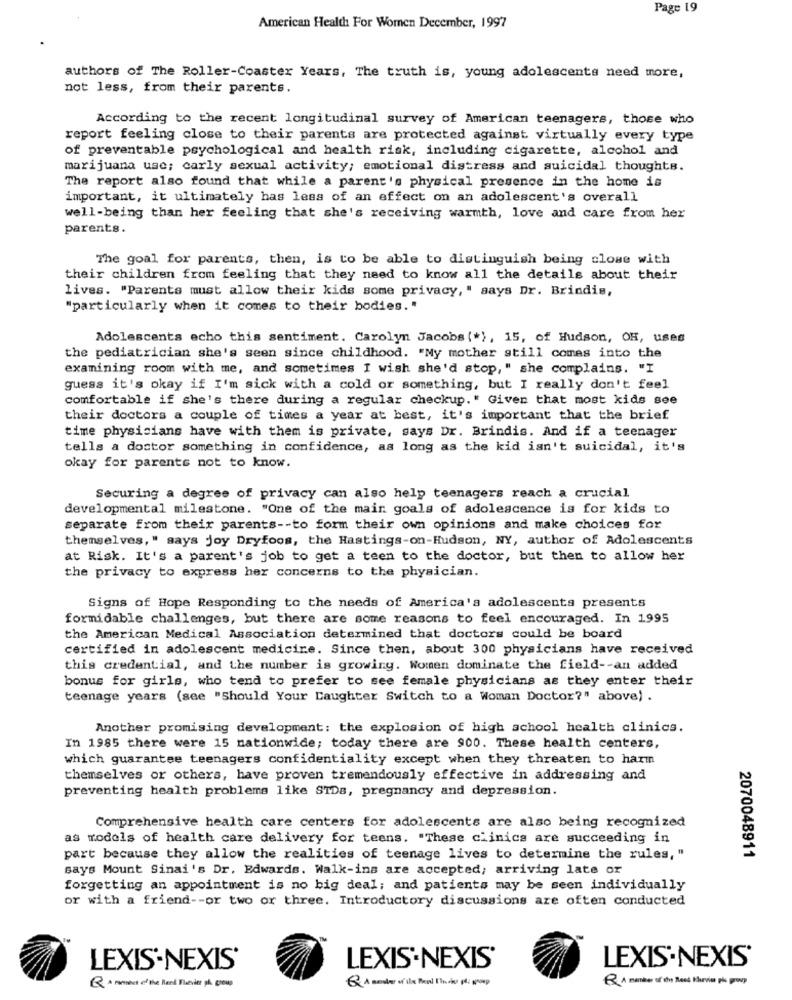
Page 19
American Health For Women December, 1997
authors of The Roller-Coaster Years, The truth is, young adolescents need more,
not less, from their parents.
According to the recent longitudinal survey of American teenagers, those who
report feeling close to their parents are protected against virtually every type
of preventable psychological and health risk, including cigarette, alcohol and
marijuana use; carly sexual activity; emotional distress and suicidal thoughts.
The report also found that while a parent's physical presence in the home is
important, it ultimately has less of an effect on an adolescent's overall
well-being than her feeling that she's receiving warmth, love and care from her
parents.
The goal for parents, then, is to be able to distinguish being close with
their children from feeling that they need to know all the details about their
lives. "Parents must allow their kids some privacy, " says Dr. Brindis,
"particularly when it comes to their bodies."
Adolescents echo this sentiment. Carolyn Jacobs (*), 15, of Hudson, OH, uses
the pediatrician she's seen since childhood. "My mother still comes into the
examining room with me, and sometimes I wish she'd stop, " she complains. "I
guess it's okay if I'm sick with a cold or something, but I really don't feel
comfortable if she's there during a regular checkup." Given that most kids see
their doctors a couple of times a year at best, it's important that the brief
time physicians have with them is private, says Dr. Brindis. And if a teenager
tells a doctor something in confidence, as long as the kid isn't suicidal, it's
okay for parents not to know.
Securing a degree of privacy can also help teenagers reach a crucial
developmental milestone. "One of the main goals of adolescence is for kids to
separate from their parents -- to form their own opinions and make choices for
themselves," says joy Dryfoos, the Hastings-on-Hudson, NY, author of Adolescents
at Risk. It's a parent's job to get a teen to the doctor, but then to allow her
the privacy to express her concerns to the physician.
Signs of Hope Responding to the needs of America's adolescents presents
formidable challenges, but there are some reasons to feel encouraged. In 1995
the American Medical Association determined that doctors could be board
certified in adolescent medicine. Since then, about 300 physicians have received
this credential, and the number is growing. Women dominate the field -- an added
bonus for girls, who tend to prefer to see female physicians as they enter their
teenage years (see "Should Your Daughter Switch to a Woman Doctor?" above) .
Another promising development: the explosion of high school health clinics.
In 1985 there were 15 nationwide; today there are 900. These health centers,
which guarantee teenagers confidentiality except when they threaten to harm
themselves or others, have proven tremendously effective in addressing and
preventing health problems like STDs, pregnancy and depression.
Comprehensive health care centers for adolescents are also being recognized
as models of health care delivery for teens. "These clinics are succeeding in
2070048911
part because they allow the realities of teenage lives to determine the rules, "
says Mount Sinai 's Dr. Edwards. Walk-ins are accepted; arriving late or
forgetting an appointment is no big deal; and patients may be seen individually
or with a friend -- or two or three. Introductory discussions are often conducted
LEXIS'NEXIS
LEXIS-NEXIS'
LEXIS-NEXIS'
R A member of the Road Harvin pis proup
Q . menance of the Reed Elsevier på group
Q A sester of the Real Finito på: groep